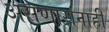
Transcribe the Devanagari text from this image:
असणारांनाही